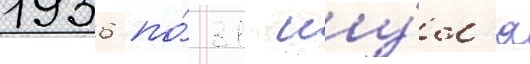
1936 по́ 31 иу́л'я